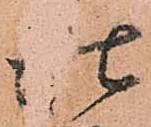
仕